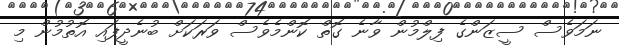
ނަމަވެސް ސީޒަންގެ ފިލްމުން ވާނެ ގޮތް ކޮންމެވެސް ވަރަކަށް ބުނެދީފައި އޮތުމުން މި